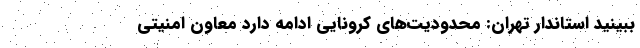
ببینید استاندار تهران: محدودیت‌های کرونایی ادامه دارد معاون امنیتی